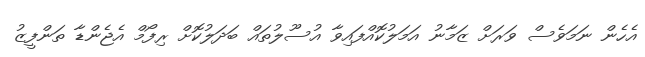
އެހެން ނަމަވެސް ވަރަށް ޒަމާނު އަމަލުކޮއްފައިވާ އުސޫލުތައް ބަދަލުކޮށް ރިފޯމް އެޖެންޑާ ތަންފީޒު